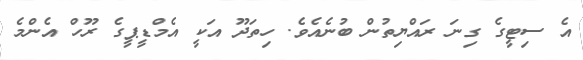
އެ ސިޓީގެ ގިނަ ރައްޔިތުން ބުނެއެވެ. ހިތަދޫ އަކީ އެމްޑީޕީގެ ރޫހް އެންމެ